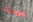
هوسك